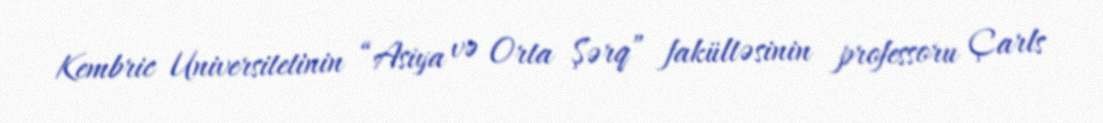
Kembric Universitetinin “Asiya və Orta Şərq” fakültəsinin professoru Çarls